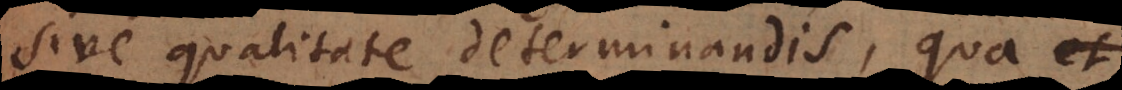
sive qualitate, determinandis, qua et